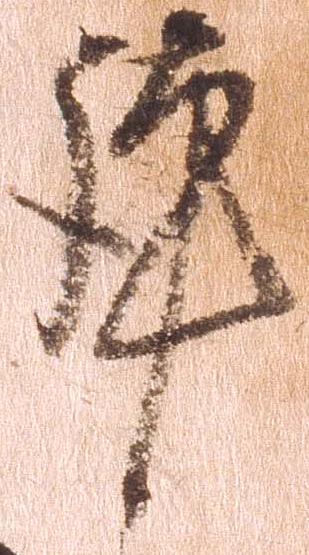
謹